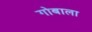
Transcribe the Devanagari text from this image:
गोबाला